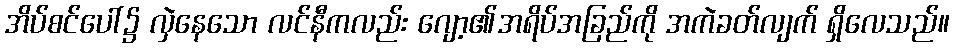
အိပ်စင်ပေါ်၌ လှဲနေသော လင်နီကလည်း ဂျော့၏အရိပ်အခြည်ကို အကဲခတ်လျက် ရှိလေသည်။